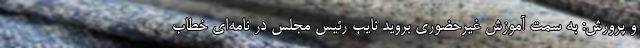
و پرورش: به سمت آموزش غیرحضوری بروید نایب رئیس مجلس در نامه‌ای خطاب